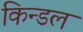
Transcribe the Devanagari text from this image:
किन्डल